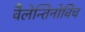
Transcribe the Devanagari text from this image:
वैलेन्तिनोविच